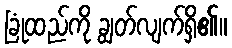
ခြုံထည်ကို ချွတ်လျက်ရှိ၏။